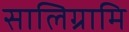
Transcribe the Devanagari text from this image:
सालिग्रामि